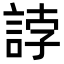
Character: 誖